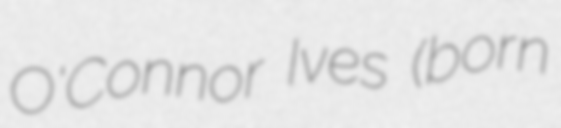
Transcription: O'Connor Ives (born